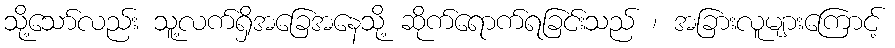
သို့သော်လည်း သူ့လက်ရှိအခြေအနေသို့ ဆိုက်ရောက်ရခြင်းသည် ၊ အခြားလူများကြောင့်